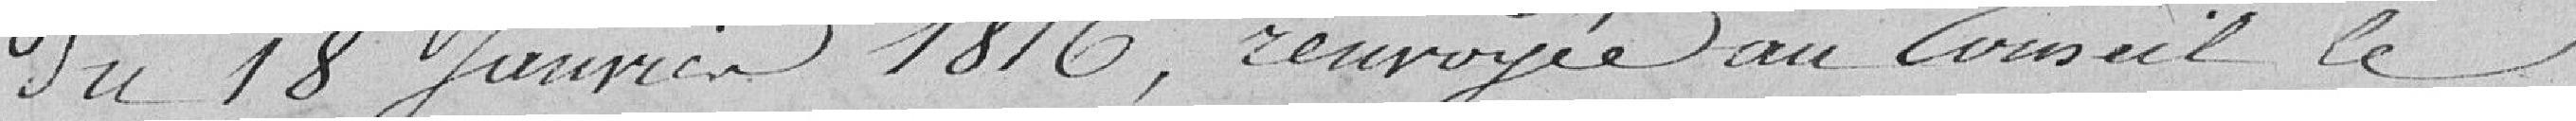
du 18 janvier 1816, renvoyée au Conseil le